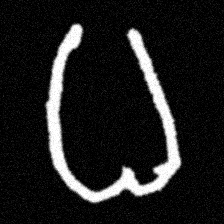
Pyu character \u2014 Myanmar letter: ဓ (romanized: dha)